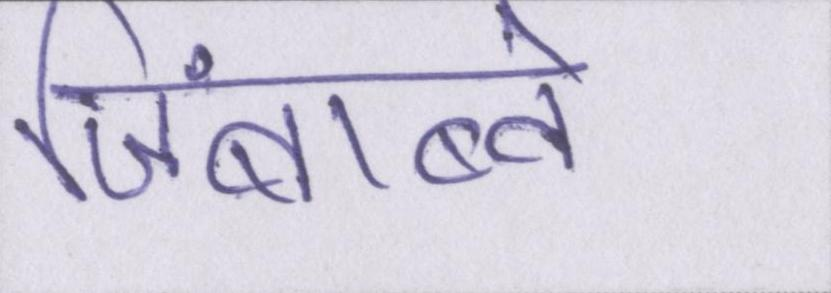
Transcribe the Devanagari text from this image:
जिंबाब्वे